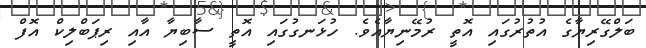
ބަލްގޭރިޔާގެ އުތުރުގައި އޮތީ ރުމޭނިޔާއެވެ. ހުޅަނގުގައި އޮތީ ސާބިޔާ އާއި ރިޕަބްލިކް އޮފް